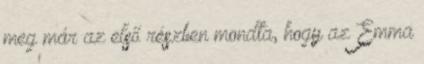
meg már az első részben mondta, hogy az Emma